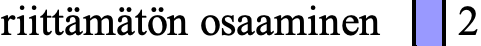
riittämätön osaaminen 2